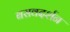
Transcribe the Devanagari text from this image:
बसवदर्शन